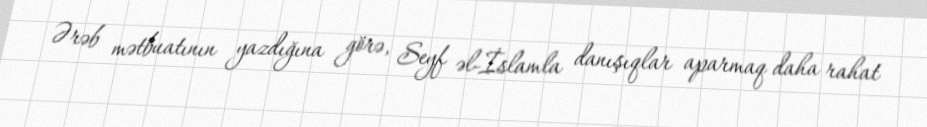
Ərəb mətbuatının yazdığına görə, Seyf əl-İslamla danışıqlar aparmaq daha rahat